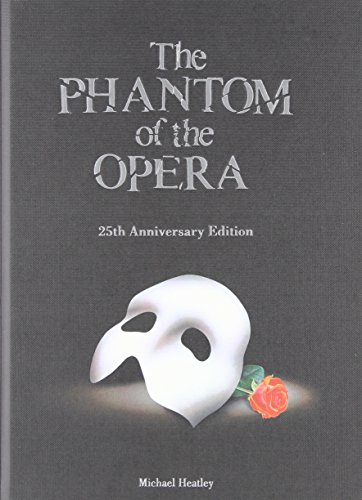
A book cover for The Phantom of the Opera: 25th Anniversary Edition; Michael Heatley; Humor & Entertainment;